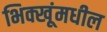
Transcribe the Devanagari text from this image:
भिक्खूंमधील